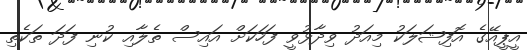
އީޕީއޭގެ އޮފިޝަލަކު މިއަދު ވިދާޅުވީ ފަހަކަށް އައިސް ތެލާއި ކުނި ފަދަ ތަކެތި